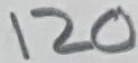
Text: 120